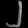
Digit: ၂